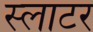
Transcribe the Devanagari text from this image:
स्‍लाटर